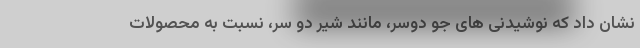
نشان داد که نوشیدنی های جو دوسر، مانند شیر دو سر، نسبت به محصولات